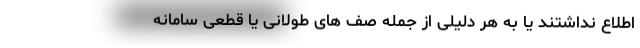
اطلاع نداشتند یا به هر دلیلی از جمله صف های طولانی یا قطعی سامانه